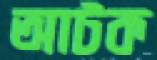
আটক